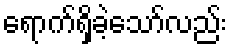
ရောက်ရှိခဲ့သော်လည်း